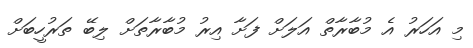
މި އަހަރު އެ މުބާރާތް އަލަށް ފަށާ އިރު މުބާރާތަށް ލިބޭ ތަރުހީބަށް